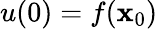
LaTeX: u(0)=f(\mathbf{x}_{0})